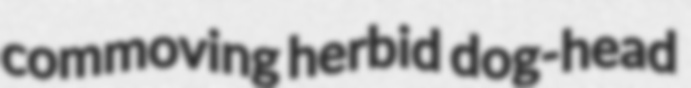
commoving herbid dog-head